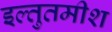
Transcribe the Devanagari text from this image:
इल्तुतमीश